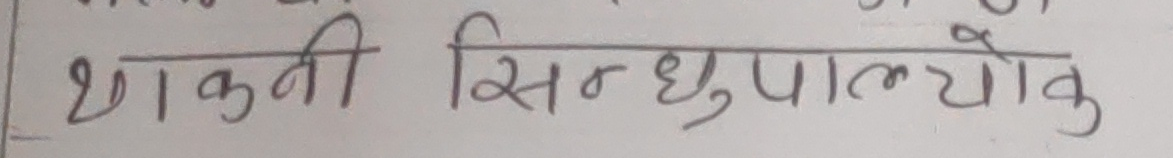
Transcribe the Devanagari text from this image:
थाकती सिन्धुपाल्चोक